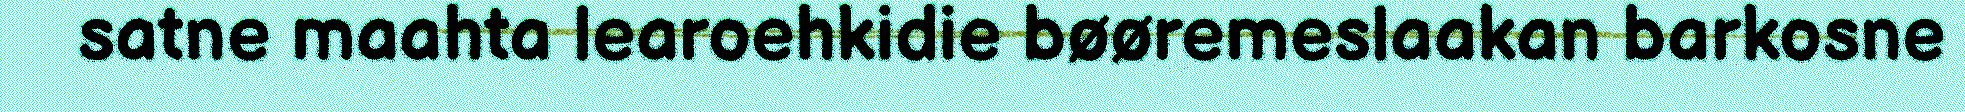
satne maahta learoehkidie bøøremeslaakan barkosne